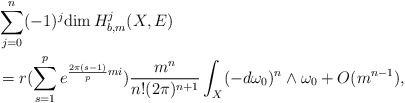
\begin{align*} &\sum^n_{j=0}(-1)^j\mathrm{dim\,}H^j_{b,m}(X,E) \\&=r(\sum^{p}_{s=1}e^{\frac{2\pi(s-1)}{p}mi})\frac{m^{n}}{n!(2\pi)^{n+1}}\int_X(-d\omega_0)^n\wedge\omega_0+O(m^{n-1}),\end{align*}